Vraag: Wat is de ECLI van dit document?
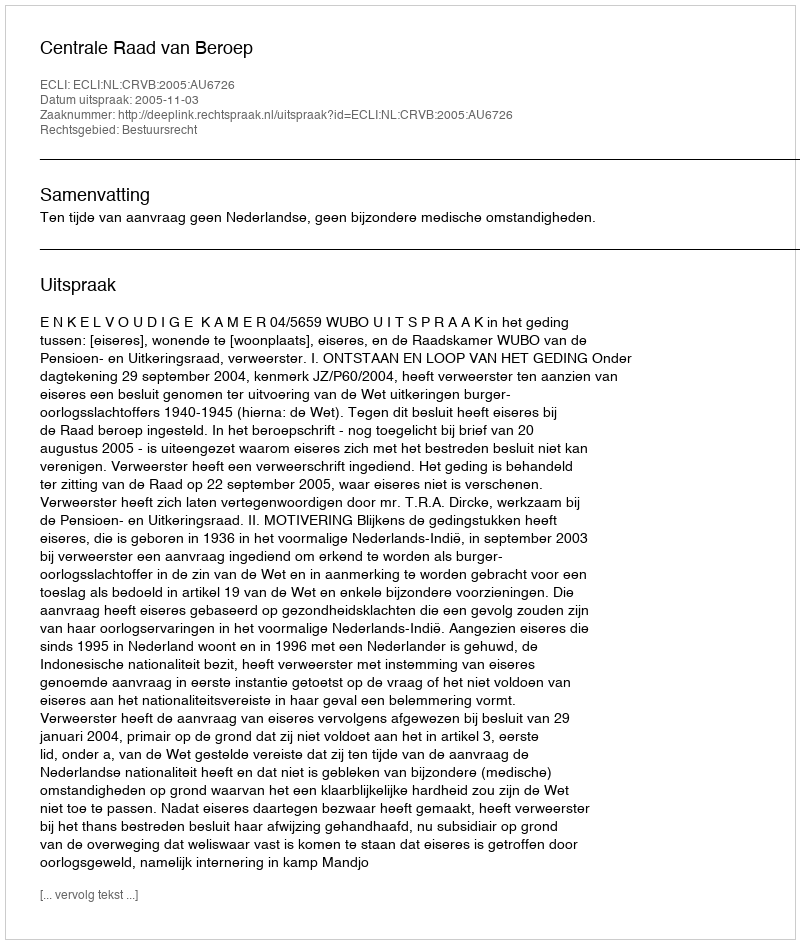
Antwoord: ECLI:NL:CRVB:2005:AU6726